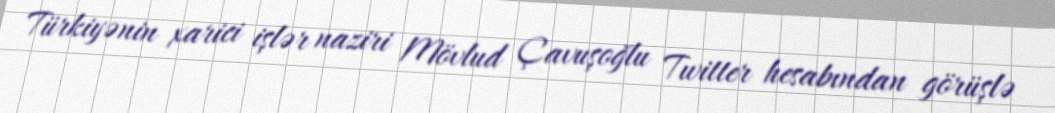
Türkiyənin xarici işlər naziri Mövlud Çavuşoğlu Twitter hesabından görüşlə